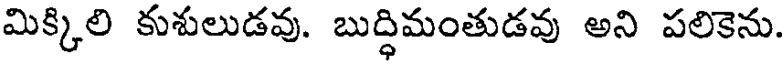
మిక్కిలి కుశులుడవు. బుద్ధిమంతుడవు అని పలికెను.